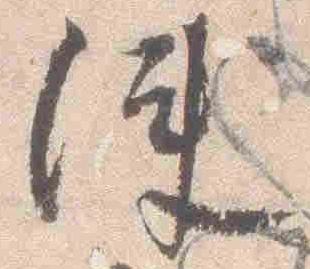
使